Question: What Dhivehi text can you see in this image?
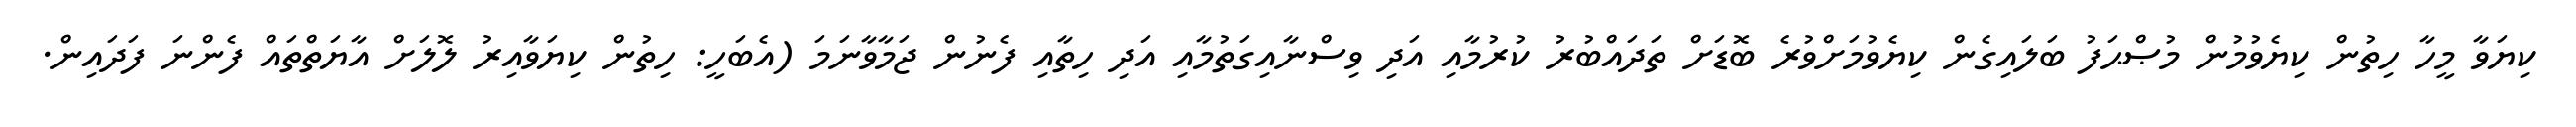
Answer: ކިޔަވާ މީހާ ހިތުން ކިޔެވުމުން މުޞްޙަފު ބަލައިގެން ކިޔެވުމަށްވުރެ ބޮޑަށް ތަދައްބުރު ކުރުމާއި އަދި ވިސްނާއިގަތުމާއި އަދި ހިތާއި ފެނުން ޖަމާވާނަމަ (އެބަހީ: ހިތުން ކިޔަވާއިރު ލޮލަށް އާޔަތްތައް ފެންނަ ފަދައިން.